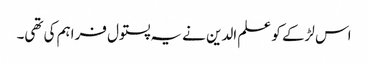
اس لڑکے کو علم الدین نے یہ پستول فراہم کی تھی۔